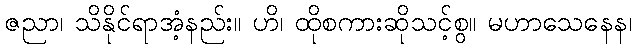
ဇညာ၊ သိနိုင်ရာအံ့နည်း။ ဟိ၊ ထိုစကားဆိုသင့်စွ။ မဟာသေနေန၊